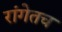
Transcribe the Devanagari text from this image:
रांगेतच